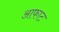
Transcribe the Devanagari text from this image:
आफाट